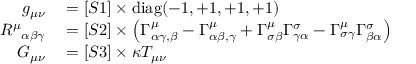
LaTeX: \begin{array} { r l } { g _ { \mu \nu } } & { { } = [ S 1 ] \times \operatorname { d i a g } ( - 1 , + 1 , + 1 , + 1 ) } \\ { { R ^ { \mu } } _ { \alpha \beta \gamma } } & { { } = [ S 2 ] \times \left( \Gamma _ { \alpha \gamma , \beta } ^ { \mu } - \Gamma _ { \alpha \beta , \gamma } ^ { \mu } + \Gamma _ { \sigma \beta } ^ { \mu } \Gamma _ { \gamma \alpha } ^ { \sigma } - \Gamma _ { \sigma \gamma } ^ { \mu } \Gamma _ { \beta \alpha } ^ { \sigma } \right) } \\ { G _ { \mu \nu } } & { { } = [ S 3 ] \times \kappa T _ { \mu \nu } } \end{array}